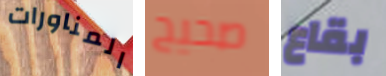
المناورات صحيح بقاع